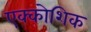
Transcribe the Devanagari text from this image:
एक्कोशिक